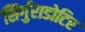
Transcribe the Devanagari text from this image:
सिर्गुराडोटिर